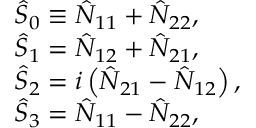
\begin{array} { r l } & { \hat { \cal S } _ { 0 } \equiv \hat { \cal N } _ { 1 1 } + \hat { \cal N } _ { 2 2 } , } \\ & { \hat { \cal S } _ { 1 } = \hat { \cal N } _ { 1 2 } + \hat { \cal N } _ { 2 1 } , } \\ & { \hat { \cal S } _ { 2 } = i \left( \hat { \cal N } _ { 2 1 } - \hat { \cal N } _ { 1 2 } \right) , } \\ & { \hat { \cal S } _ { 3 } = \hat { \cal N } _ { 1 1 } - \hat { \cal N } _ { 2 2 } , } \end{array}